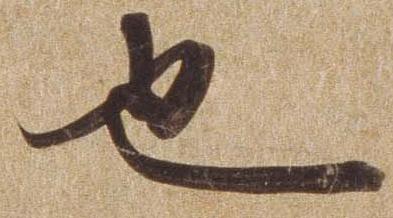
也